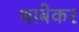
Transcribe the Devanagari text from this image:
धाबेकर